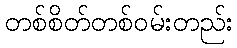
တစ်စိတ်တစ်ဝမ်းတည်း